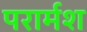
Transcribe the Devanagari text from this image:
परार्मश